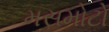
મસમોટો